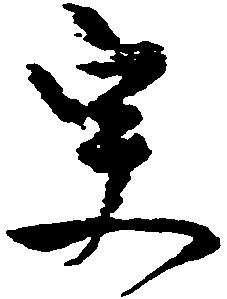
更